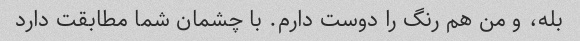
بله، و من هم رنگ را دوست دارم. با چشمان شما مطابقت دارد